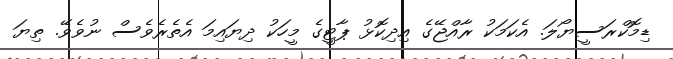
ޑިމޮކްރަސީޔޯލަ. އެކަމަކު ރާއްޖޭގެ އިދިކޮޅު ޕާޓީގެ މީހަކު ދިޔައިމަ އެތެރެވެސް ނުވެވޭ. ތިޔަ